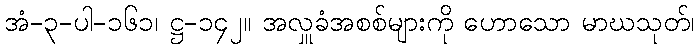
အံ-၃-ပါ-၁၆၁၊ ဋ္ဌ-၁၄၂။ အလှူခံအစစ်များကို ဟောသော မာဃသုတ်၊